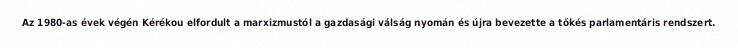
Az 1980-as évek végén Kérékou elfordult a marxizmustól a gazdasági válság nyomán és újra bevezette a tőkés parlamentáris rendszert.